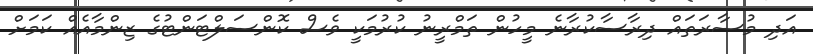
އަދި މުސާރަތައް ދިރާސާކުރާނެ މީހުން ތަމްރީނު ކުރުމަކީ ވެސް ކޮންސަލްޓަންޓުގެ ޒިންމާއެއް ކަމަށް